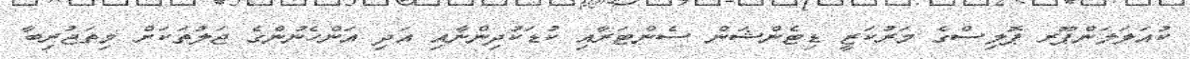
ކުއަލަލަންޕޫރ ޕޮލިސްގެ މަރުކަޒީ ޑިޓެންޝަން ސެންޓަރާއި ކުޑަކުދިންނާއި އަދި އަންހެނުންގެ ޖަލުތަކަށް މިތަޖުރިބާ